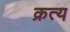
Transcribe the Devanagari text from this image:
क्रत्य